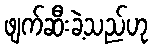
ဖျက်ဆီးခဲ့သည်ဟု